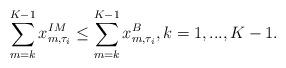
LaTeX: \begin{align*}\sum\limits_{m=k}^{K-1}x_{m,\tau_i}^{IM}\leq \sum\limits_{m=k}^{K-1}x_{m,\tau_i}^{B}, k=1,...,K-1.\end{align*}